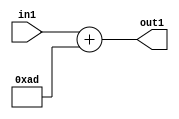
`timescale 1ps / 1ps
/*****************************************************************************
    Verilog RTL Description
    
    
    Created by: Stratus DpOpt 2019.1.01 
*******************************************************************************/

module DC_Filter_Add_12U_288_4 (
	in1,
	out1
	); /* architecture "behavioural" */ 
input [11:0] in1;
output [11:0] out1;
wire [11:0] asc001;

assign asc001 = 
	+(in1)
	+(12'B000010101101);

assign out1 = asc001;
endmodule

/* CADENCE  urn0SAo= : u9/ySgnWtBlWxVPRXgAZ4Og= ** DO NOT EDIT THIS LINE ******/